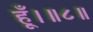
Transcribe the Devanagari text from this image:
हूँ।॥८॥